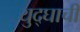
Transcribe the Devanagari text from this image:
युद्घाची